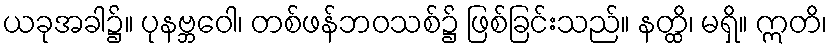
ယခုအခါ၌။ ပုနဗ္ဘဝေါ၊ တစ်ဖန်ဘဝသစ်၌ ဖြစ်ခြင်းသည်။ နတ္ထိ၊ မရှိ။ ဣတိ၊